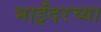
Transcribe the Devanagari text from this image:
भाईंदरच्या